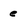
Character: e